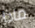
ماذا